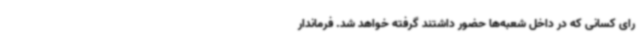
رای کسانی که در داخل شعبه‌ها حضور داشتند گرفته خواهد شد. فرماندار